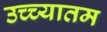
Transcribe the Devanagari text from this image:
उच्च्यातम